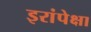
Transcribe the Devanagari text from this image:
इरांपेक्षा